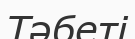
Тәбеті